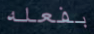
بفعله